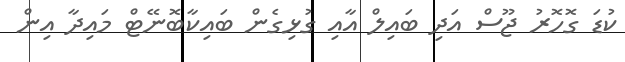
ކުޑަ ގޮހޮރު ޖޫސް އަދި ބައިލް އާއި ގުޅިގެން ބައިކާބޮނޭޓް މައިދާ އިން